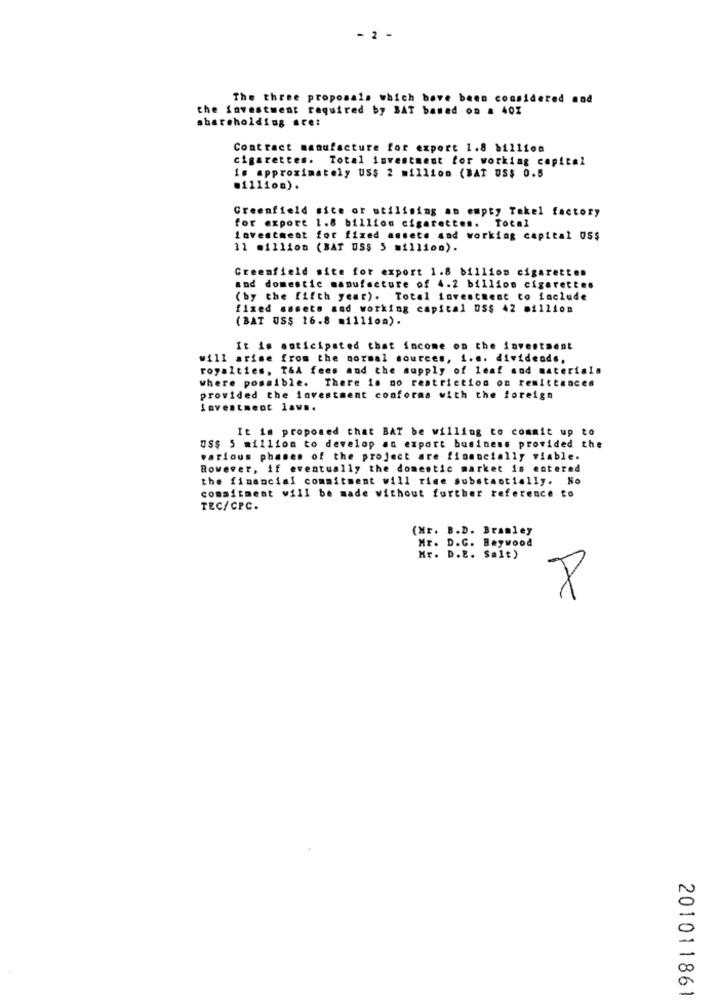
- 2 -
The three proposals which bove been considered and
the investment required by SAT based on a 40%
shareholding ste:
Contract manufacture for export 1.8 billion
cigarettes. Total investment for working capital
is approximately US$ 2 million (BAT US$ 0.5
.illion).
Greenfield site or utilising an empty Takel factory
for export 1.8 billion cigarettes. Total
investment for fixed assets and working capital 05$
11 million (BAT US$ 5 million).
Greenfield site for export 1.8 billion cigarettes
and domestic manufacture of 4.2 billion cigarettes
(by the fifth year). Total investment to include
fixed assets and working capital us$ 42 million
(BAT US$ 16.8 million).
It is anticipated that income on the investment
will arise from the normal sources, i.e. dividends,
royalties, T&A fees and the supply of leaf and materials
where possible. There is no restriction on remittances
provided the investment conforms with the foreign
Investment law ..
It is proposed that BAT be willing to commit up to
us$ 5 million to develop an export business provided the
various phases of the project are financially viable.
However, if eventually the domestic market is entered
the financial commitment will rise substantially. No
commitment will be made without further reference to
TEC/CPC.
(Mr. B.D. Bramley
Mr. D.C. Beywood
Kr. D.E. Salt)
8
201011861